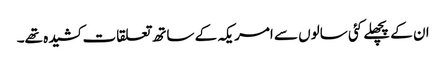
ان کے پچھلے کئی سالوں سے امریکہ کے ساتھ تعلقات کشیدہ تھے۔